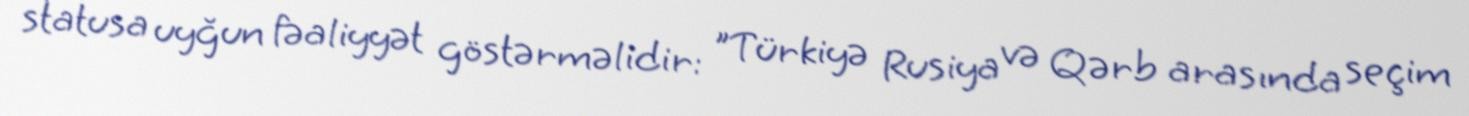
statusa uyğun fəaliyyət göstərməlidir: "Türkiyə Rusiya və Qərb arasında seçim